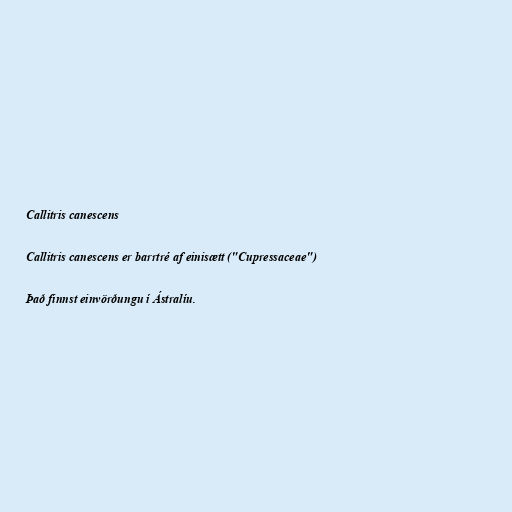
Callitris canescens

Callitris canescens er barrtré af einisætt ("Cupressaceae")

Það finnst einvörðungu í Ástralíu.